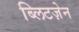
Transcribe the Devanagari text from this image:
ब्लिटज़ेन